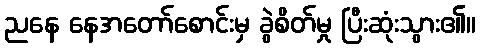
ညနေ နေအတော်စောင်းမှ ခွဲစိတ်မှု ပြီးဆုံးသွား၏။